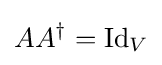
AA^{\dagger }=\operatorname {Id} _{V}